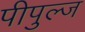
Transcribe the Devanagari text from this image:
पीपुल्ज